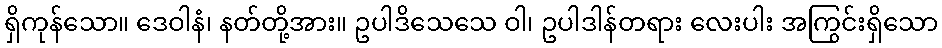
ရှိကုန်သော။ ဒေဝါနံ၊ နတ်တို့အား။ ဥပါဒိသေသေ ဝါ၊ ဥပါဒါန်တရား လေးပါး အကြွင်းရှိသော